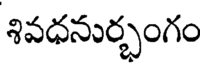
శివధనుర్భంగం